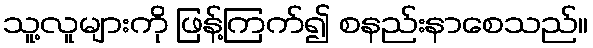
သူ့လူများကို ဖြန့်ကြက်၍ စနည်းနာစေသည်။